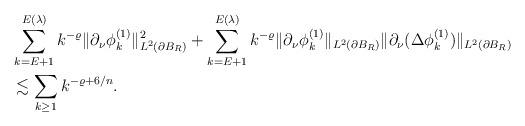
LaTeX: \begin{align*}& \sum_{k=E+1}^{E(\lambda)} k^{-\varrho}\|\partial_\nu\phi^{(1)}_k\|^2_{L^2(\partial B_R)}+ \sum_{k=E+1}^{E(\lambda)} k^{-\varrho}\|\partial_\nu\phi^{(1)}_k\|_{L^2(\partial B_R)}\|\partial_\nu(\Delta\phi^{(1)}_k)\|_{L^2(\partial B_R)}\\&\lesssim \sum_{k\geq 1} k^{-\varrho + 6/n}.\end{align*}